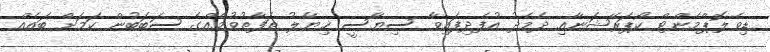
ޑިވެލޮޕްމެންޓް ކޯޕަރޭޝަނާއި ދެމެދު އުފެދިފައިވާ ސިޔާސީ ޚިޔާލު ތަފާތުވުމެއްގެ ސަބަބުން ކަމަށް ބައެއް